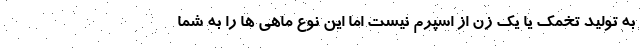
به تولید تخمک یا یک زن از اسپرم نیست اما این نوع ماهی ها را به شما